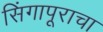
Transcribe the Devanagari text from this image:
सिंगापूराचा